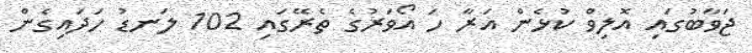
ޖަވާބުގައި އޮލިވް ކުޅެން އަރާ ހަ އޯވަރުގެ ތެރޭގައި 102 ލަނޑު ހަދައިގެން